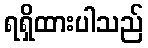
ရရှိထားပါသည်